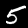
Label: 5